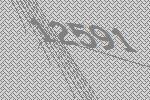
12591